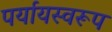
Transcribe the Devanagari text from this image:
पर्यायस्वरूप